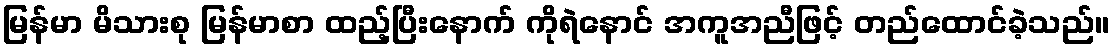
မြန်မာ မိသားစု မြန်မာစာ ထည့်ပြီးနောက် ကိုရဲနောင် အကူအညီဖြင့် တည်ထောင်ခဲ့သည်။